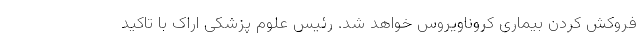
فروکش کردن بیماری کروناویروس خواهد شد. رئیس علوم پزشکی اراک با تاکید